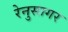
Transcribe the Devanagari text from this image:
रेनुसागर